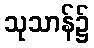
သုသာန်၌